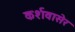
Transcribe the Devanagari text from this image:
कर्शवासेर